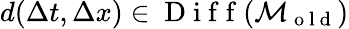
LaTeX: d(\Delta t,\Delta x)\in\mathrm{~D~i~f~f~}(\mathcal{M}_{\mathrm{~o~l~d~}})